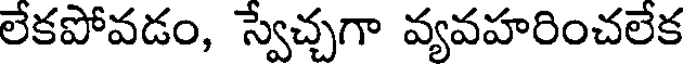
లేకపోవడం, స్వేచ్చగా వ్యవహరించలేక